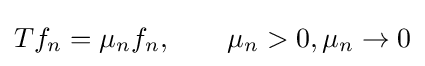
Tf_{n}=\mu _{n}f_{n},\qquad \mu _{n}>0,\mu _{n}\to 0